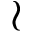
\wr